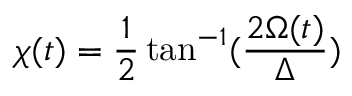
\chi ( t ) = \frac { 1 } { 2 } \tan ^ { - 1 } ( \frac { 2 \Omega ( t ) } { \Delta } )